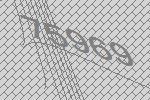
75969